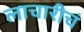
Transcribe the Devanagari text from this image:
लाचारीचं